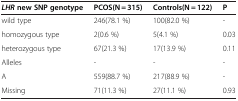
<table><thead><tr><td><b><i>LHR</i> new SNP genotype</b></td><td><b>PCOS(N=315)</b></td><td><b>Controls(N=122)</b></td><td><b>P</b></td></tr></thead><tbody><tr><td>wild type</td><td>246(78.1%)</td><td>100(82.0%)</td><td>-</td></tr><tr><td>homozygous type</td><td>2(0.6%)</td><td>5(4.1%)</td><td>0.03</td></tr><tr><td>heterozygous type</td><td>67(21.3%)</td><td>17(13.9%)</td><td>0.11</td></tr><tr><td>Alleles</td><td>-</td><td>-</td><td>-</td></tr><tr><td>A</td><td>559(88.7%)</td><td>217(88.9%)</td><td>-</td></tr><tr><td>Missing</td><td>71(11.3%)</td><td>27(11.1%)</td><td>0.93</td></tr></tbody></table>